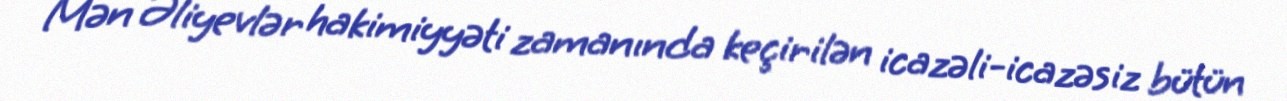
Mən Əliyevlər hakimiyyəti zamanında keçirilən icazəli-icazəsiz bütün